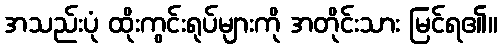
အသည်းပုံ ထိုးကွင်းရုပ်များကို အတိုင်းသား မြင်ရ၏။